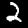
Label: 2